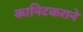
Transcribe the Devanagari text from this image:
कानिटकराने